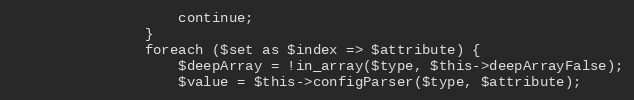
Language: PHP
                    continue;
                }
                foreach ($set as $index => $attribute) {
                    $deepArray = !in_array($type, $this->deepArrayFalse);
                    $value = $this->configParser($type, $attribute);